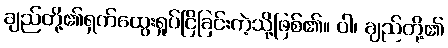
ချည်တို့၏ရှက်ထွေးရှုပ်ငြိခြင်းကဲ့သို့ဖြစ်၏။ ဝါ၊ ချည်တို့၏